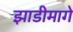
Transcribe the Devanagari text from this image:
झाडीमागे